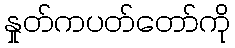
နှုတ်ကပတ်တော်ကို